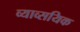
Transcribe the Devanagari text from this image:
व्याव्सयिक